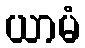
ယာမံ